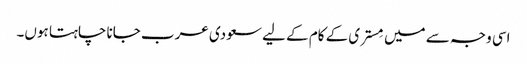
اسی وجہ سے میں مِستری کے کام کے لیے سعودی عرب جانا چاہتا ہوں۔